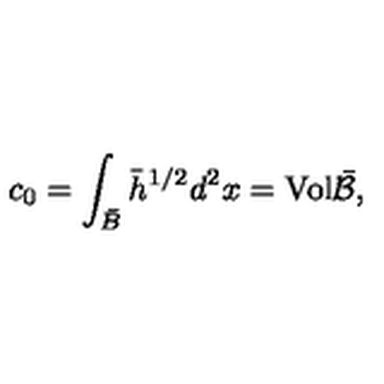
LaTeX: c _ { 0 } = \int _ { \bar { B } } { \bar { h } } ^ { 1 / 2 } d ^ { 2 } x = \mathrm { V o l } \bar { \cal B } ,